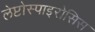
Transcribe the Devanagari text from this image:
लेप्टोस्पाइरोसिस